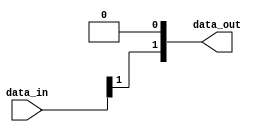
// SPDX-License-Identifier: Apache-2.0
// Copyright (C) 2019 Intel Corporation. All rights reserved
//------------------------------------------------------------------------
//
// Revision:    $Revision: #1 $
//------------------------------------------------------------------------
//-----------------------------------------------------------------------------
// Description : Binary to Gray conversion when binary count is expected to increment by 2
//-----------------------------------------------------------------------------

module cdclib_bintogray_inc2
   #(
      parameter WIDTH           = 2 // Data width 
    )
   (
   // Inputs
   input  wire [WIDTH-1:0]  data_in,       // data in
   // Outputs
   output wire  [WIDTH-1:0]  data_out       // data out
   );


assign data_out = {(data_in[WIDTH-1:1]>>1) ^ data_in[WIDTH-1:1], 1'b0};


endmodule